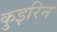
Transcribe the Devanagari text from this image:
कुइरिन